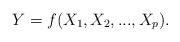
LaTeX: \begin{align*}Y = f({X_1},{X_2},...,{X_p}).\end{align*}